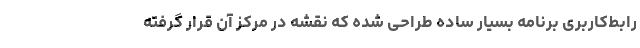
رابط‌کاربری برنامه بسیار ساده طراحی شده که نقشه در مرکز آن قرار گرفته